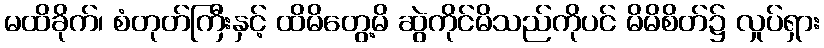
မထိခိုက်၊ စံတုတ်ကြီးနှင့် ထိမိတွေ့မိ ဆွဲကိုင်မိသည်ကိုပင် မိမိစိတ်၌ လှုပ်ရှား